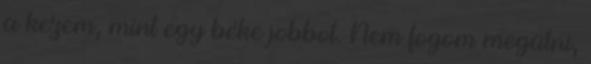
a kezem, mint egy béke jobbot. Nem fogom megütni,